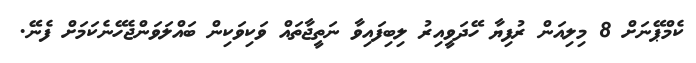
ކެމްޕޭނަށް 8 މިލިއަން ރުފިޔާ ހޭދަވީއިރު ލިބިފައިވާ ނަތީޖާތައް ވަކިވަކިން ބައްލަވަންޖެހޭނެކަމަށް ފެނޭ.